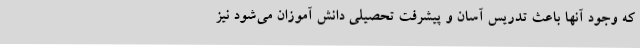
که وجود آنها باعث تدریس آسان و پیشرفت تحصیلی دانش آموزان می‌شود نیز